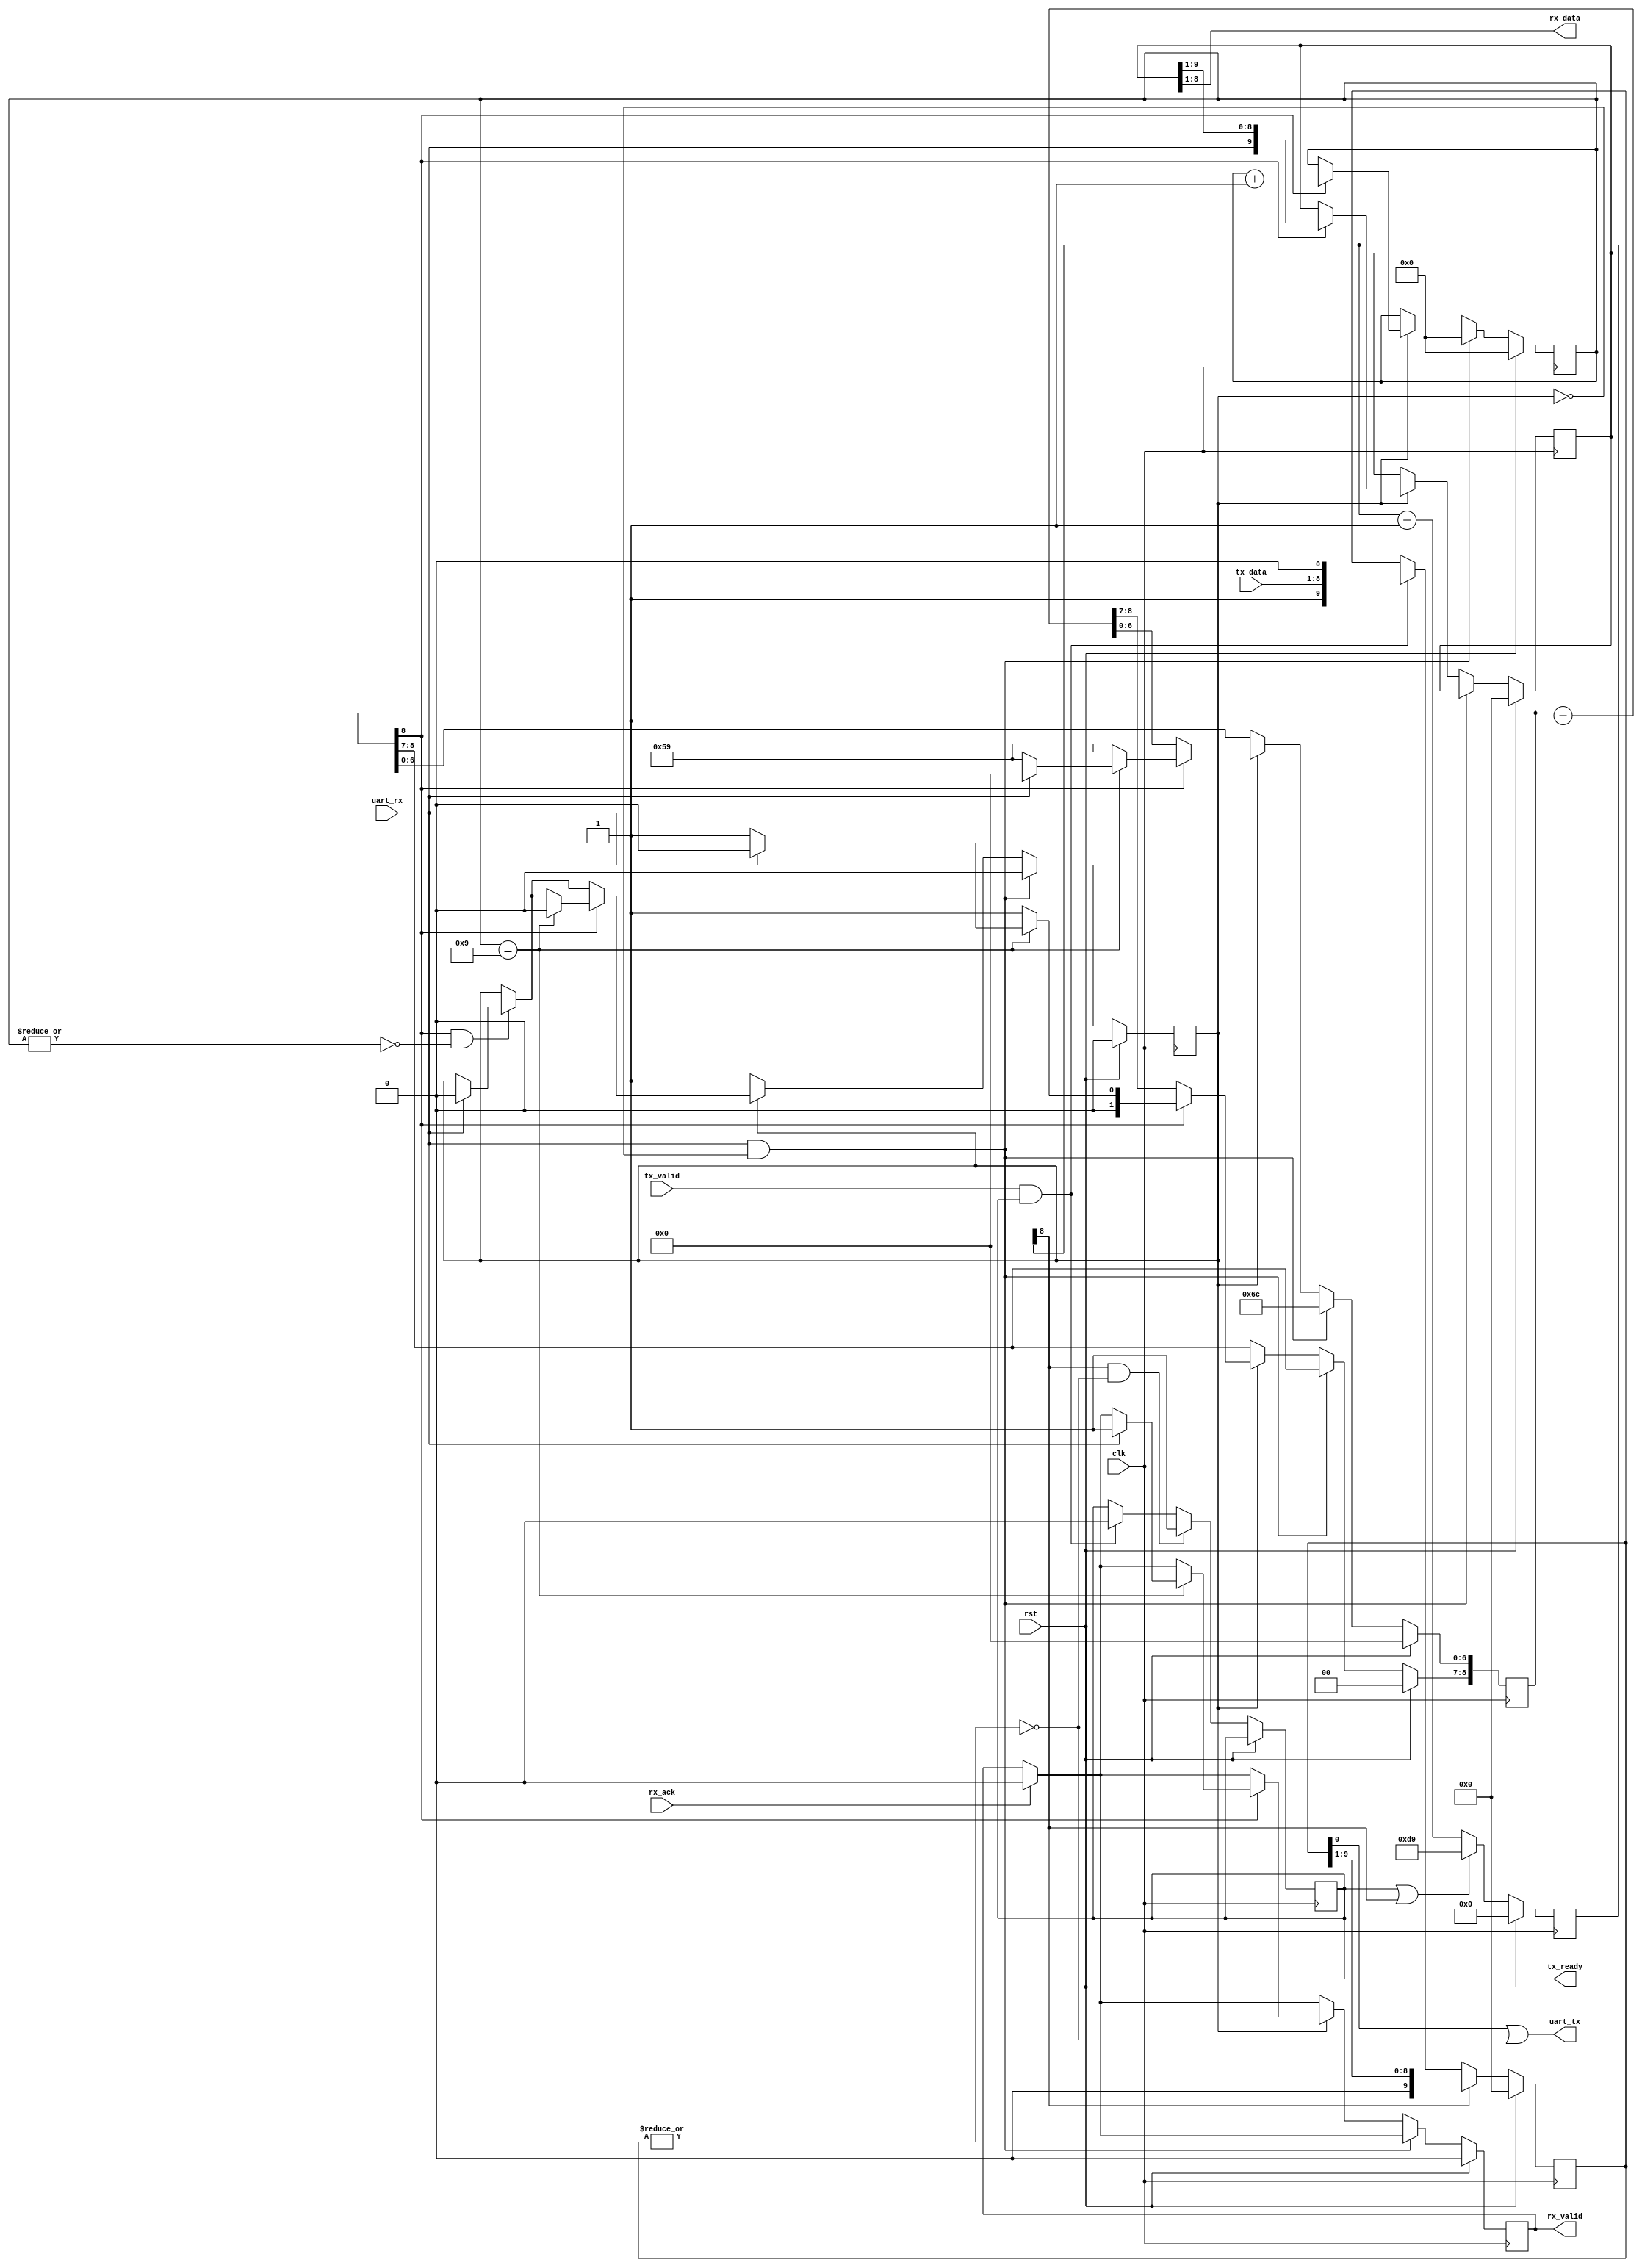
module corescore_emitter_uart
	#(
	parameter clk_freq_hz = 25000000,
	parameter baud_rate = 115200)
	(
	input				clk,
	input				rst,

	input wire			uart_rx,
	output wire			uart_tx,

	input wire			tx_valid,
	input wire	[7:0]	tx_data,
	output reg			tx_ready,

	input wire			rx_ack,
	output reg			rx_valid,
	output wire [7:0]	rx_data
);

	localparam START_VALUE = clk_freq_hz/baud_rate;
	localparam START_VALUE_DELAY = clk_freq_hz/baud_rate/2;
	// localparam START_VALUE = 85;
	// localparam START_VALUE_DELAY = 42;

	localparam WIDTH = $clog2(START_VALUE);
	localparam WIDTH2 = $clog2(START_VALUE_DELAY);

	reg [WIDTH:0]  cnt_tx;
	reg [WIDTH:0]  cnt_rx;

	reg [9:0] 	    tx_reg;
	reg [9:0] 	    rx_reg;
	reg       	    rx_busy;
	reg	[3:0]		bit_count;

	assign uart_tx = tx_reg[0] | !(|tx_reg);
	assign rx_data = rx_reg[8:1];

	always @(posedge clk) begin
		if (rst) begin
			cnt_tx		<= 0;
			tx_reg		<= 0;
		end else begin
			if (cnt_tx[WIDTH] & !(|tx_reg)) begin
				tx_ready <= 1'b1;
			end else if (tx_valid & tx_ready) begin
				tx_ready <= 1'b0;
			end

			if (tx_ready | cnt_tx[WIDTH])
				cnt_tx <= {1'b0,START_VALUE[WIDTH-1:0]};
			else
				cnt_tx <= cnt_tx-1;
			
			if (cnt_tx[WIDTH])
				tx_reg <= {1'b0, tx_reg[9:1]};
			else if (tx_valid & tx_ready)
				tx_reg <= {1'b1, tx_data, 1'b0};
		end
	end

	always @(posedge clk) begin
		if (rst) begin
			rx_valid	<= 0;
			rx_busy		<= 0;
			cnt_rx		<= 0;
			bit_count	<= 0;
			rx_reg		<= 0;
		end else begin
			if(rx_ack) begin
				rx_valid <= 0;
			end

			if (uart_rx & !rx_busy) begin
				cnt_rx[WIDTH2-1:0] <= START_VALUE_DELAY[WIDTH2-1:0];
				bit_count <= 0;
				rx_busy <= 0;
			end else if (!rx_busy) begin
				rx_busy <= 1;
			end else begin
				if (cnt_rx[WIDTH] && !(|bit_count)) begin
					if (uart_rx) begin
						rx_busy <= 0;
					end
				end

				if (cnt_rx[WIDTH]) begin
					bit_count <= bit_count+1;
					rx_reg <= {uart_rx, rx_reg[9:1]};
					cnt_rx <= {1'b0, START_VALUE[WIDTH-1:0]};
					if (bit_count == 9) begin
						rx_busy <= 0;
						if (uart_rx) begin
							cnt_rx <= 0;
							rx_valid <= 1;
						end
					end
				end else begin
					cnt_rx <= cnt_rx-1;
				end
			end
		end
	end

endmodule